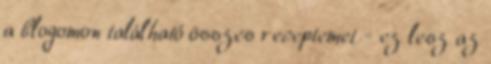
a blogomon található összes receptemet - ez lesz az